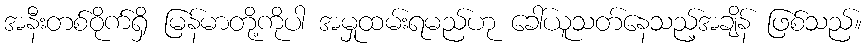
အနီးတစ်ဝိုက်ရှိ မြန်မာတို့ကိုပါ အမှုထမ်းရမည်ဟု ခေါ်ယူသတ်နေသည့်အချိန် ဖြစ်သည်။